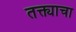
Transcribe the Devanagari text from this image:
तक्त्याचा